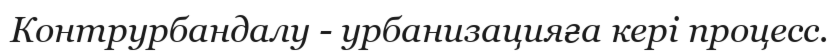
Контрурбандалу - урбанизацияға кері процесс.